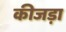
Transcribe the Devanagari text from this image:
कीजड़ा